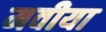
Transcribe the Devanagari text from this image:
मवीया